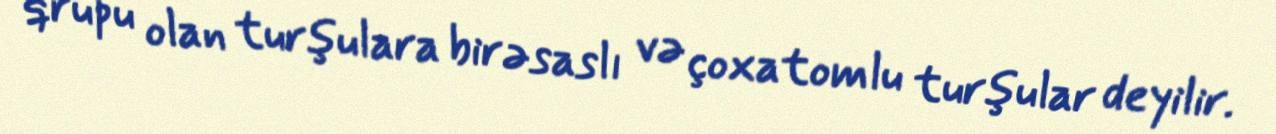
qrupu olan turşulara birəsaslı və çoxatomlu turşular deyilir.